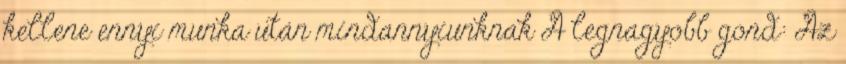
kellene ennyi munka után mindannyiunknak A legnagyobb gond: Az